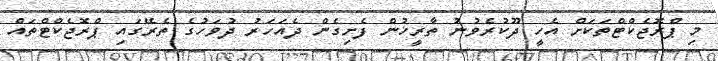
މި ޕްރޮޖެކްޓްތަކަށް އެހީ ދޫކުރެވުނު ތާރީޚުން ފެށިގެންް ދެއަހަރު ދުވަހުގެ ތެރޭގައި ޕްރޮޖެކްޓްތައް